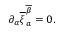
\partial _ { \alpha } \overline { { { \xi } } } _ { a } ^ { \overline { { { \beta } } } } = 0 .